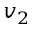
v _ { 2 }